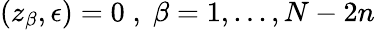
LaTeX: (z_{\beta},\epsilon)=0\; ,\; \beta=1,...,N-2n